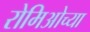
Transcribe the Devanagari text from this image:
रोमिओच्या